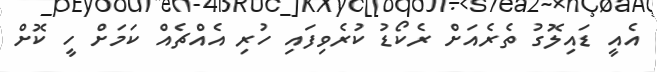
އެއީ ޑައިލޮގު ތެރެއަށް ރެކޯޑު ކުރެވިފައި ހުރި އެއްޗެއް ކަމަށް ހީ ކޮށް